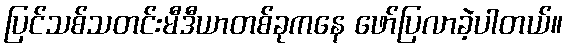
ပြင်သစ်သတင်းမီဒီယာတစ်ခုကနေ ဖော်ပြလာခဲ့ပါတယ်။